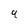
Character: 9